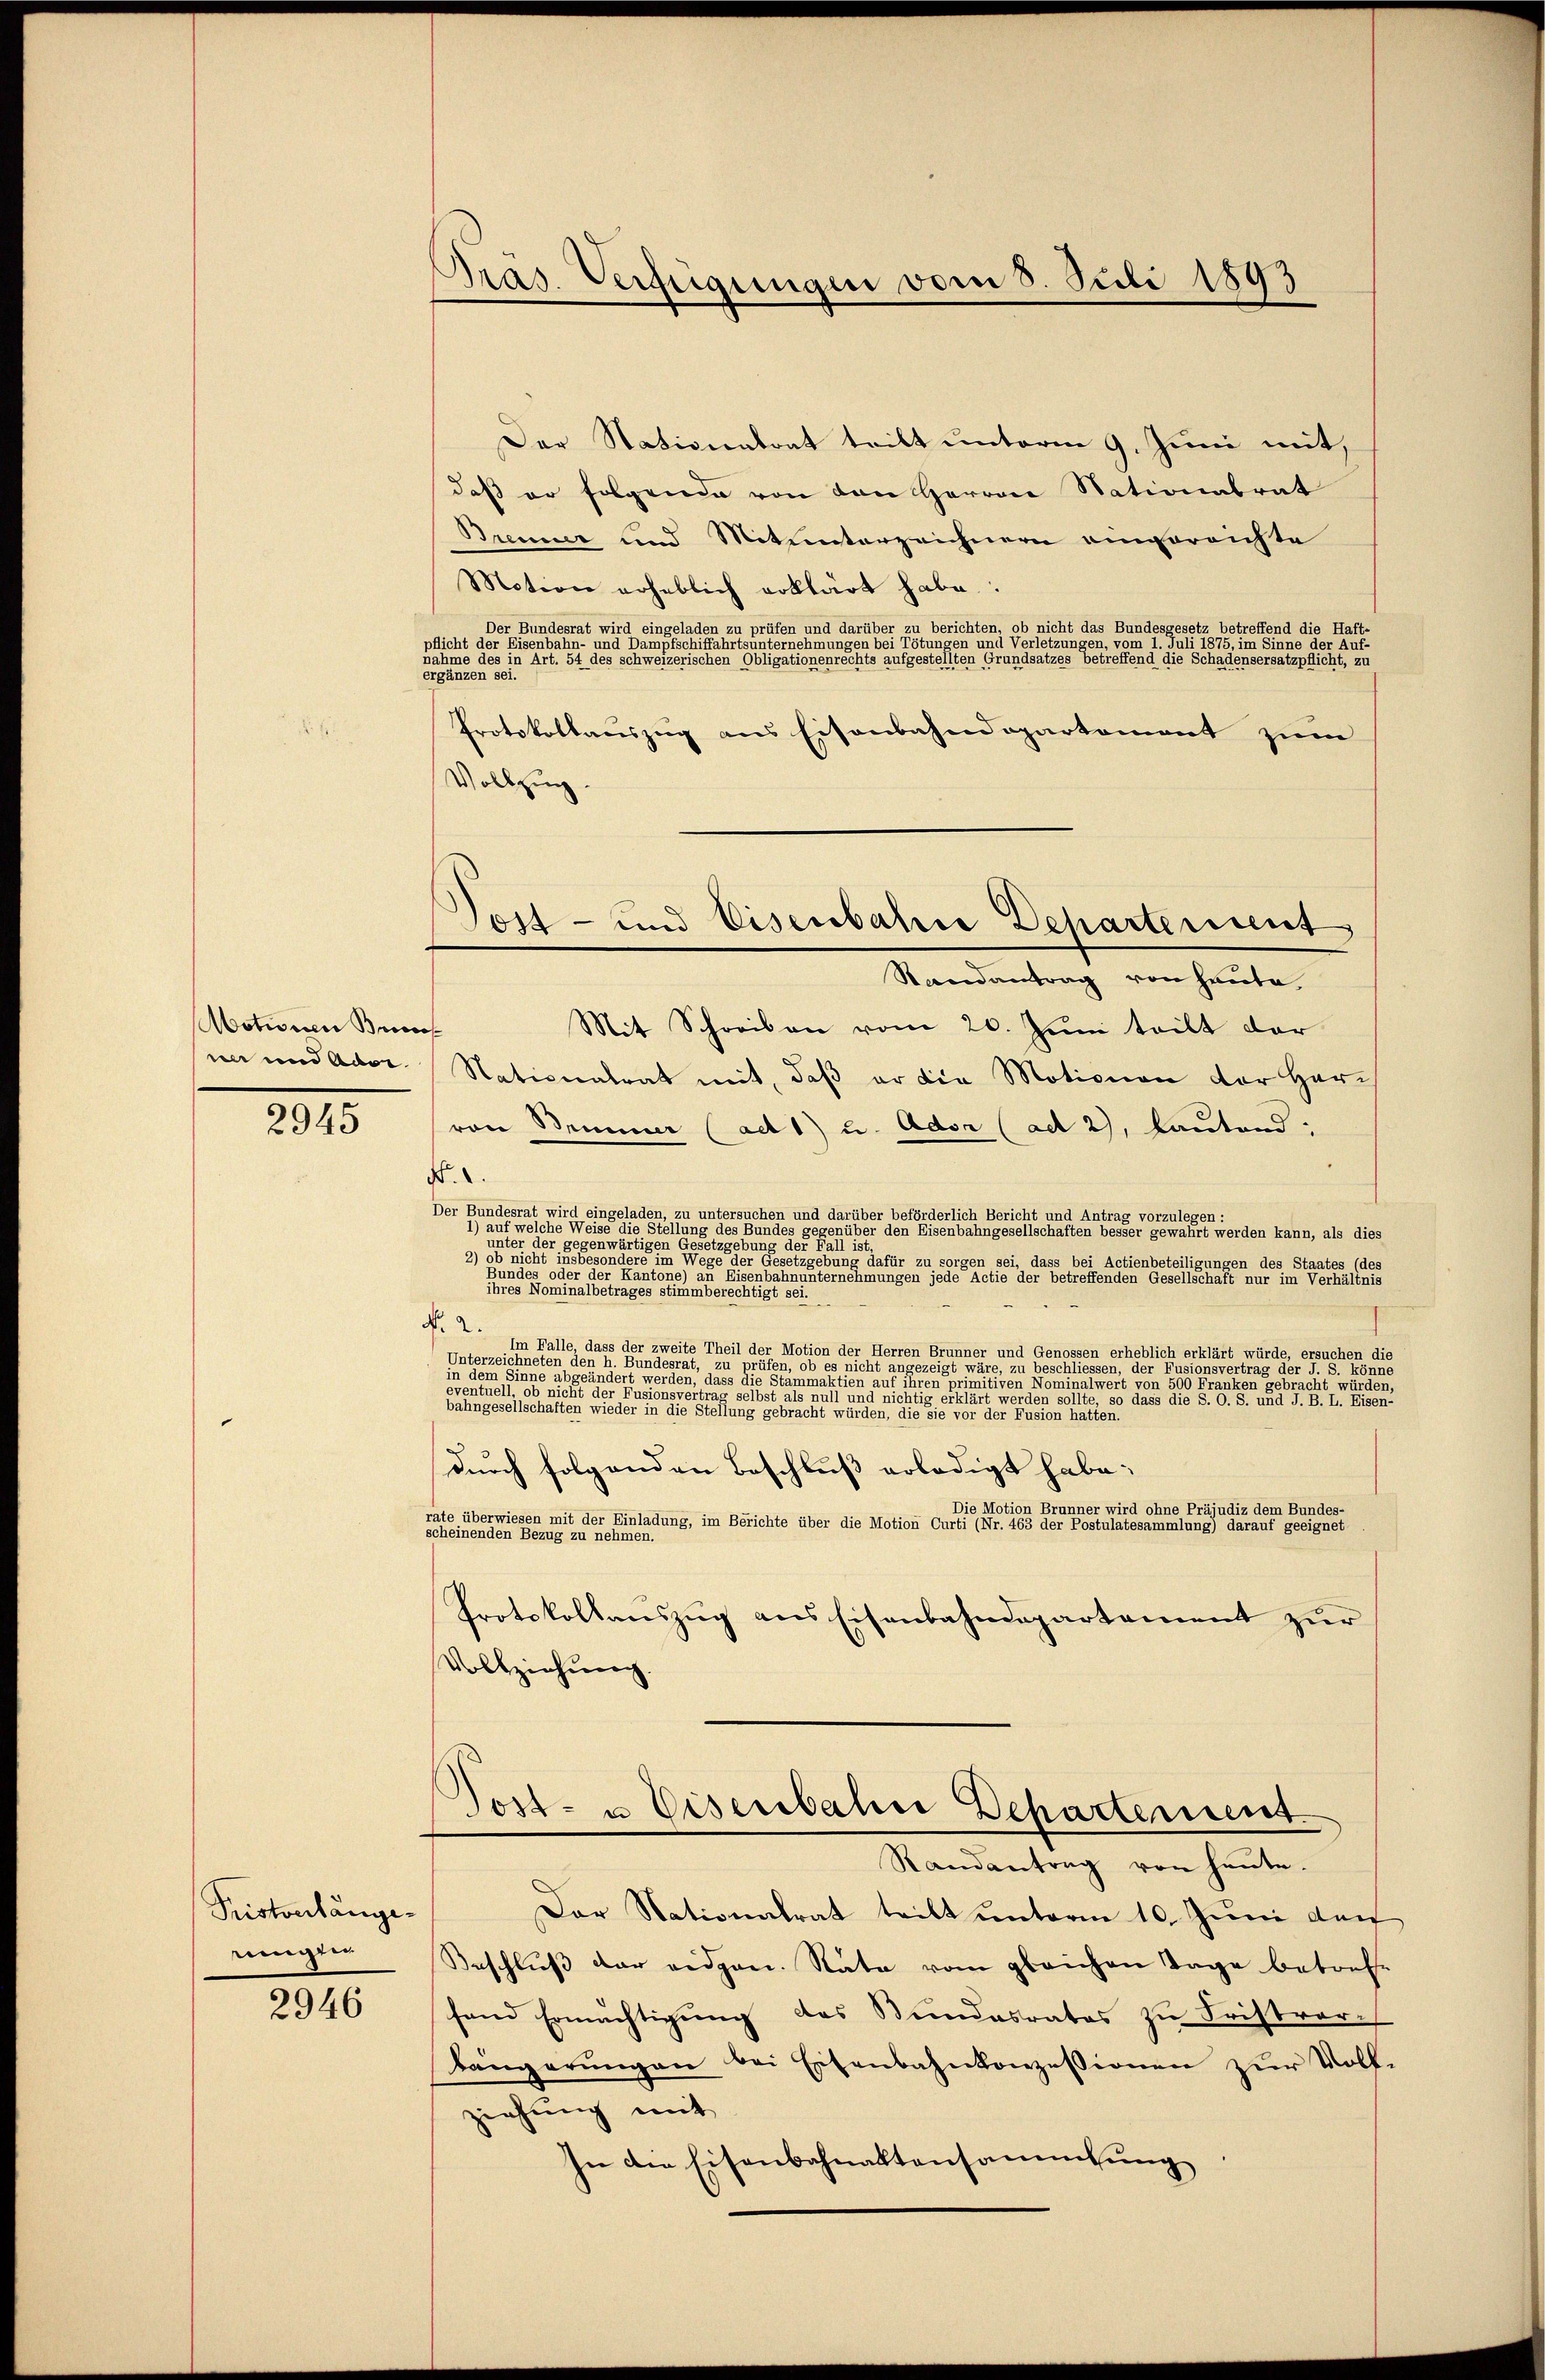
Motionen Brocos

2945

Pristverlänge
ningen

2946

Präs. Verfügungen vom 3. Juli 1893

Der Nationatrat teilt unterm 9. Juni mit,
daß er folgende von den Herren Stationalrat
Brenner und Mitunterzeichnern einverrichte
Motion erheblich erklärt habe.
Der Bundesrat wird eingeladen zu prüfen und darüber zu berichten, ob nicht das Bundesgesetz betreffend die Haf
pflicht der Eisenbahn- und Dampfschiffahrtsunternehmungen bei Tötungen und Verletzungen, vom 1. Juli 1875, im Sinne der Auf-
nahme des in Art. 54 des schweizerischen Obligationenrechts aufgestellten Grundsatzes betreffend die Schadensersatzpflicht, zu
ergänzen sei.
Protokollauszug aus Eisenbahndepartement zum
Vollzug.
Mit Schreiben vom 20. Juni teilt der
sin und Ader Nationalrat mit, daß er die Motionen der Herr
von Semmer (ad 1) u. Ador (ad 2), lautend:
.1.
Der Bundesrat wird eingeladen, zu untersuchen und darüber beförderlich Bericht und Antrag vorzuleg
1) auf welche Weise die Stellung des Bundes gegenüber den Eisenbahngesellschaften besser gewährt werden kann, als dies
unter der gegenwärtigen Gesetzgebung der Fall ist,
2) ob nicht insbesondere im Wege der Gesetzgebung dafür zu sorgen sei, dass bei Actienbeteiligungen des Staates (d.
ee einen einen einer eine einen eine an die einen daher unternehmungen jede Actie der betrefenden Gesellschaften nichte in der
ihres Nominalbetrages stimmberechtigt sei.
No. 2.
Im Falle dass der zweite Theil der Motion der Herren Brunner und Genossen erheblich erklärt würde, ersuchen die
Geisteten den
in dem Sinne abgeändert werden, dass die Stämmaktien auf ihren einigen Nominalwert von 500 Franken gebracht würde,
                                                                                                                                  treten werden sollte, so dass die S. O. S. und d. B. H. Eisen
bahngesellschaften wieder in die Stellung gebracht würden, die sie von der Fusion hatten.
3
durch folgenden Beschluß erledigt habe;
er wird ohne Präjudiz dem Bundes-
rate überwiesen mit der Einladung, im Berichte über die Motion Curti (Nr. 463 der Postulatesammlung) darauf geeignet
scheinenden Bezug zu nehmen
Protokollauszug aus Eisenbahndepartement zur
Vollziehung.

Sost- und Eisenbahne Deharterient
Randantrag von heute

Dost- u Eisenbahne Departement
Randantrag von heute.

Der Nationalrat teilt unterm 10. Juni dan
Beschluß der eidgen. Nate vom gleichen Tage betref-
fend Ermächtigung des Bundesrates zu Fristvor-
längerungen bei Eisenbahnkonzessionen zur Vollziehung mit
In die Eisenbahnaktensammlung